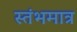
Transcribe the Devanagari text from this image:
स्तंभमात्र